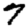
Digit: 7